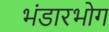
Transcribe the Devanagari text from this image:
भंडारभोग